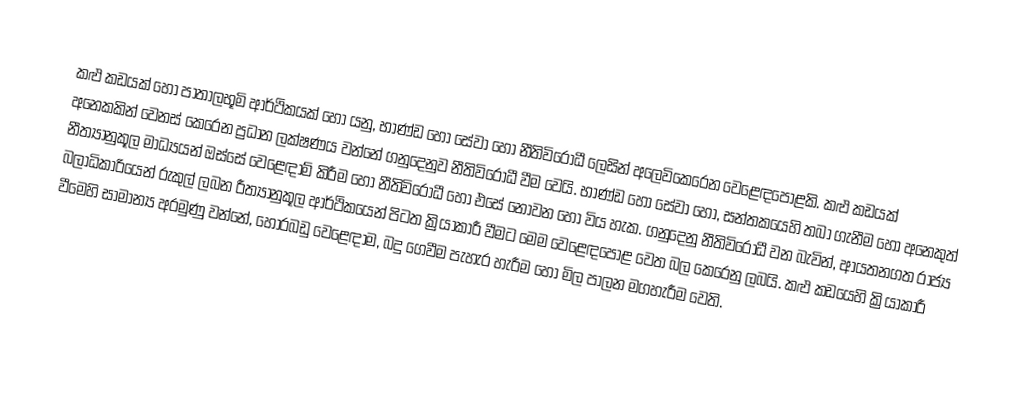
කළු කඩයක් හෝ පාතාලභූමි ආර්ථිකයක් හෝ යනු, භාණ්ඩ හෝ සේවා හෝ  නීතිවිරෝධී ලෙසින් අලෙවිකෙරෙන  වෙළෙඳපොළකි.  කළු කඩයක් අනෙකකින් වෙනස් කෙරෙන ප්‍රධාන ලක්ෂණය වන්නේ ගනුදෙනුව නීතිවිරෝධී වීම වෙයි. භාණ්ඩ හෝ සේවා හෝ, සන්තකයෙහි තබා ගැනීම හෝ අනෙකුත් නීත්‍යානුකූල මාධ්‍යයන් ඔස්සේ වෙළෙඳාම් කිරීම හෝ නීතිවිරෝධී හෝ එසේ නොවන හෝ විය හැක.  ගනුදෙනු නීතිවිරෝධී වන බැවින්, ආයතනගත රාජ්‍ය බලාධිකාරියෙන් රුකුල් ලබන  රීත්‍යානුකූල ආර්ථිකයෙන් පිටත ක්‍රියාකාරී වීමට මෙම වෙළෙඳපොළ වෙත බල කෙරෙනු ලබයි. කළු කඩයෙහි ක්‍රියාකාරී වීමෙහි සාමාන්‍ය අරමුණු වන්නේ, හොරබඩු වෙළෙඳාම, බදු ගෙවීම පැහැර හැරීම හෝ මිල පාලන මගහැරීම වෙති.